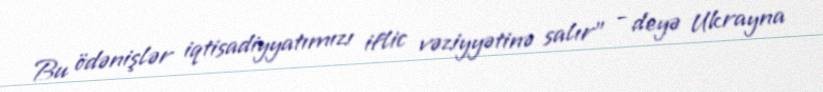
Bu ödənişlər iqtisadiyyatımızı iflic vəziyyətinə salır" - deyə Ukrayna